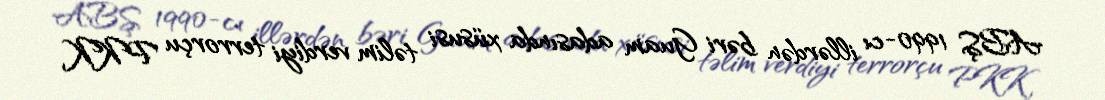
ABŞ 1990-cı illərdən bəri Guam adasında xüsusi təlim verdiyi terrorçu PKK